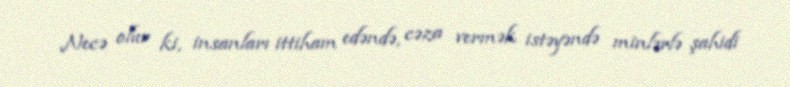
Necə olur ki, insanları ittiham edəndə, cəza vermək istəyəndə minlərlə şahidi